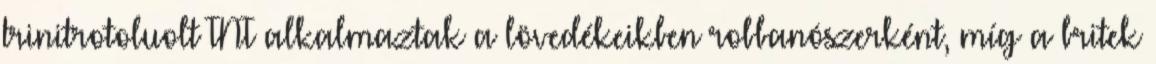
trinitrotoluolt TNT alkalmaztak a lövedékeikben robbanószerként, míg a britek